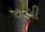
ઠાલી